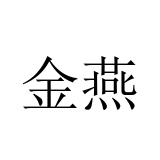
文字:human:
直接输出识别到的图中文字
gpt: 金燕